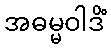
အဓမ္မဝါဒိံ